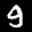
Label: 9